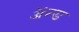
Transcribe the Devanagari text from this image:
ॲन्‍ड